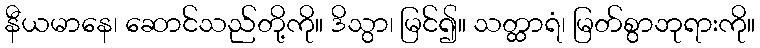
နီယမာနေ၊ ဆောင်သည်တို့ကို။ ဒိသွာ၊ မြင်၍။ သတ္ထာရံ၊ မြတ်စွာဘုရားကို။